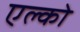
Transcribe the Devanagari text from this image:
एल्को